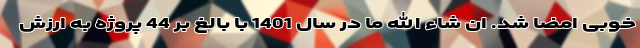
خوبی امضا شد. ان شاء الله ما در سال 1401 با بالغ بر 44 پروژه به ارزش